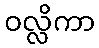
ဝလ္လိကာ